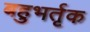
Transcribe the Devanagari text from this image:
बहुभर्तृक